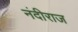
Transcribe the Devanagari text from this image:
नंदीराज